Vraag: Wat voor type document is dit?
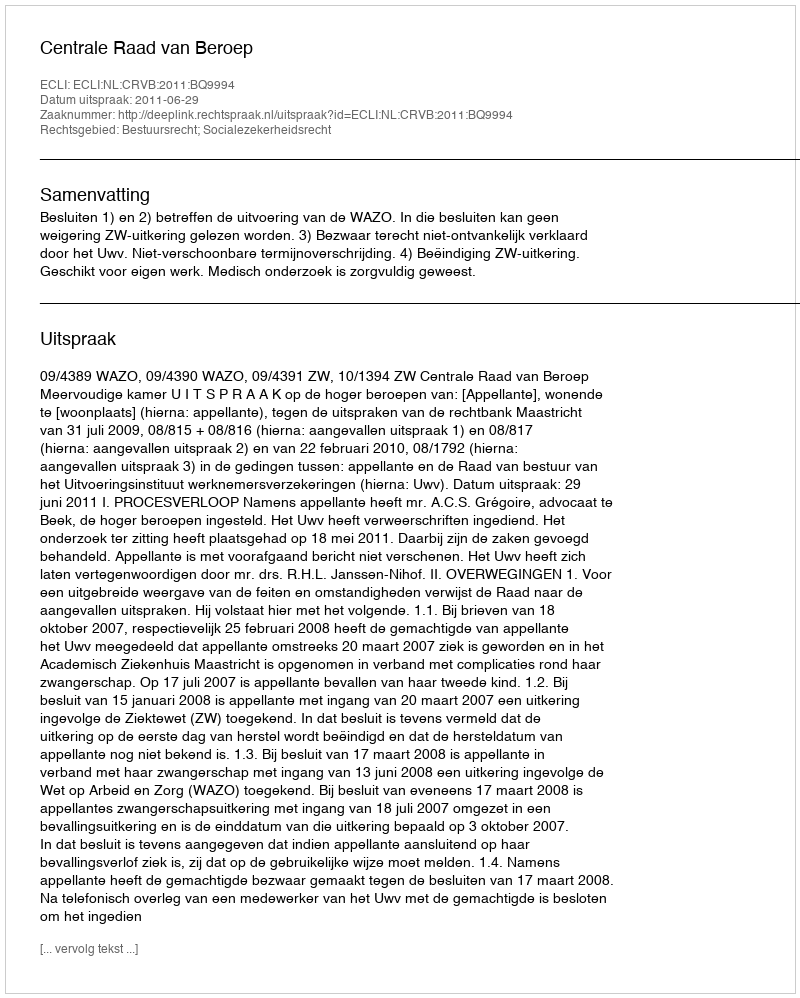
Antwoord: Uitspraak